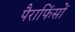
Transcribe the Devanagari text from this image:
पैराफिंसों